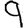
Digit: 9